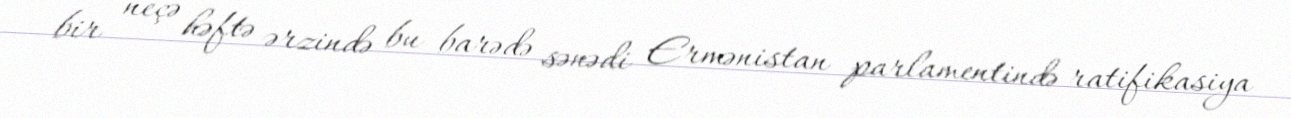
bir neçə həftə ərzində bu barədə sənədi Ermənistan parlamentində ratifikasiya